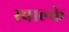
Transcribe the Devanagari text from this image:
स्चाल्के